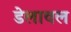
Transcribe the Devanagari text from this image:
डेलावल